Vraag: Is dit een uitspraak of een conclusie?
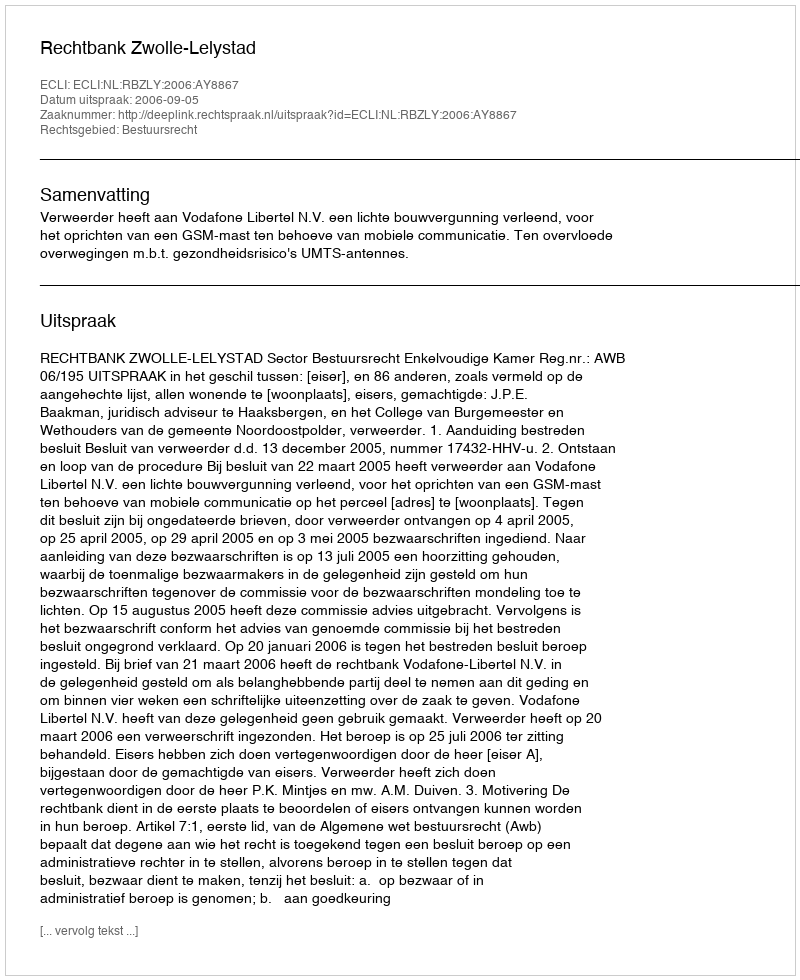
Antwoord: Uitspraak